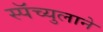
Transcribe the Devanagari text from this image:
स्पॅच्युलाने